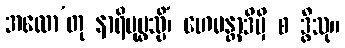
အထော’တု နာရိပုပ္ဖသ္မိံ၊ ဟေမန္တာဒိမှိ စ ဒွိသု။